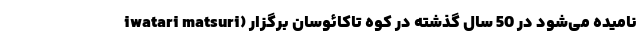
iwatari matsuri) نامیده می‌شود در 50 سال گذشته در کوه تاکائوسان برگزار